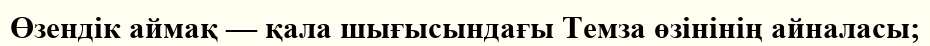
Өзендік аймақ — қала шығысындағы Темза өзінінің айналасы;